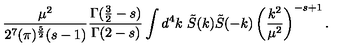
\frac { \mu ^ { 2 } } { 2 ^ { 7 } ( \pi ) ^ { \frac 5 2 } ( s - 1 ) } \frac { \Gamma ( \frac 3 2 - s ) } { \Gamma ( 2 - s ) } \int d ^ { 4 } k \ \tilde { S } ( k ) \tilde { S } ( - k ) \left( \frac { k ^ { 2 } } { \mu ^ { 2 } } \right) ^ { - s + 1 } .